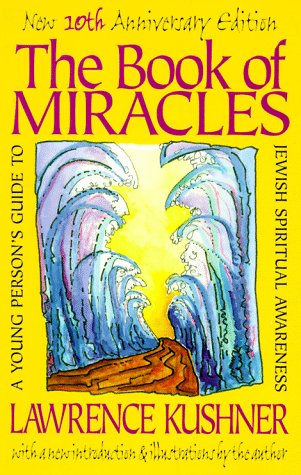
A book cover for The Book of Miracles: A Young Person's Guide to Jewish Spiritual Awareness; Lawrence Kushner; Children's Books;